Rangoon Lunatic Asylum 1893-1897 - 1893-1897
Year: 1893
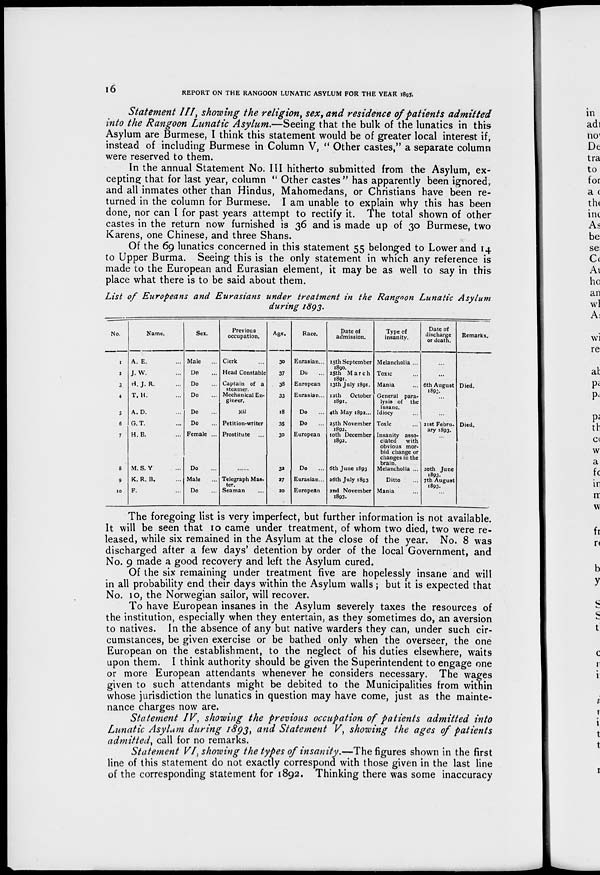
16
REPORT ON THE RANGOON LUNATIC ASYLUM FOR THE YEAR 1893.
Statement III, showing the religion, sex, and residence of patients admitted
into the Rangoon Lunatic Asylum.—Seeing that the bulk of the lunatics in this
Asylum are Burmese, I think this statement would be of greater local interest if,
instead of including Burmese in Column V, " Other castes," a separate column
were reserved to them.
In the annual Statement No. III hitherto submitted from the Asylum, ex-
cepting that for last year, column " Other castes" has apparently been ignored,
and all inmates other than Hindus, Mahomedans, or Christians have been re-
turned in the column for Burmese. I am unable to explain why this has been
done, nor can I for past years attempt to rectify it. The total shown of other
castes in the return now furnished is 36 and is made up of 30 Burmese, two
Karens, one Chinese, and three Shans.
Of the 69 lunatics concerned in this statement 55 belonged to Lower and 14
to Upper Burma. Seeing this is the only statement in which any reference is
made to the European and Eurasian element, it may be as well to say in this
place what there is to be said about them.
List of Europeans and Eurasians under treatment in the Rangoon Lunatic Asylum
during 1893.
No.
1
2
3
4
5
6
7
8
9
10
Name.
A. E. ...
J. W. ...
H. J. R. ...
T. H. ...
A. D. ...
G.T. ...
H. B. ...
M.S. Y ...
K. R. B. ...
F. ...
Sex.
Male ...
Do ...
Do
Do
Do
Do
Female ...
Do ...
Male ...
Do
Previous
occupation.
Clerk ...
Head Constable
Captain of a
steamer.
Mechanical En¬
gineer.
Nil
Petition-writer
Prostitute
......
Telegraph Mas¬
ter.
Seaman ...
Age.
30
37
38
33
18
35
30
32
37
20
Race.
Eurasian...
Do ...
European
Eurasian...
Do ...
Do ...
European
Do ...
Eurasian...
European
Date of
admission.
15th September
1890.
25th March
1891.
13th July 1891.
12th
October
1891.
4th May 1892...
25th November
1892.
10th December
1892.
6th June 1893
26th July 1893
2nd November
1893.
Type of
insanity.
Melancholia ...
Toxic ...
Mania ...
General para-
lysis of the
insane.
Idiocy ...
Toxic ...
Insanity asso-
ciated
with
obvious mor-
bid change or
changes in the
brain.
Melancholia ...
Ditto ...
Mania ...
Date of
discharge
or death.
...
...
6th August
1893.
21st Febru¬
ary 1893.
20th June
1893.
7th August
1893.
...
Remarks.
Died.
Died.
The foregoing list is very imperfect, but further information is not available.
It will be seen that 10 came under treatment, of whom two died, two were re-
leased, while six remained in the Asylum at the close of the year. No. 8 was
discharged after a few days' detention by order of the local Government, and
No. 9 made a good recovery and left the Asylum cured.
Of the six remaining under treatment five are hopelessly insane and will
in all probability end their days within the Asylum walls; but it is expected that
No. 10, the Norwegian sailor, will recover.
To have European insanes in the Asylum severely taxes the resources of
the institution, especially when they entertain, as they sometimes do, an aversion
to natives. In the absence of any but native warders they can, under such cir-
cumstances, be given exercise or be bathed only when the overseer, the one
European on the establishment, to the neglect of his duties elsewhere, waits
upon them. I think authority should be given the Superintendent to engage one
or more European attendants whenever he considers necessary. The wages
given to such attendants might be debited to the Municipalities from within
whose jurisdiction the lunatics in question may have come, just as the mainte-
nance charges now are.
Statement IV, showing the previous occupation of patients admitted into
Lunatic Asylum during 1893, and Statement V, showing the ages of patients
admitted, call for no remarks.
Statement VI, showing the types of insanity.—The figures shown in the first
line of this statement do not exactly correspond with those given in the last line
of the corresponding statement for 1892. Thinking there was some inaccuracy